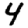
Digit: 4